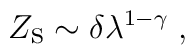
Z_{\mbox{\rm s}} \sim \delta \lambda^{1 - \gamma} \; ,